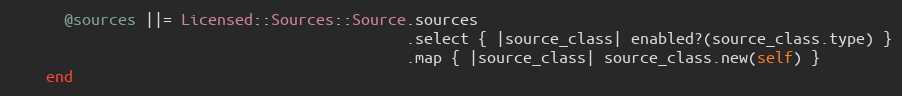
Language: Ruby
      @sources ||= Licensed::Sources::Source.sources
                                            .select { |source_class| enabled?(source_class.type) }
                                            .map { |source_class| source_class.new(self) }
    end